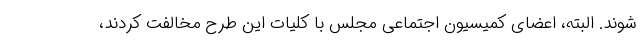
شوند. البته، اعضای کمیسیون اجتماعی مجلس با کلیات این طرح مخالفت کردند،